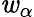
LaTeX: \mathit{w}_{\alpha}